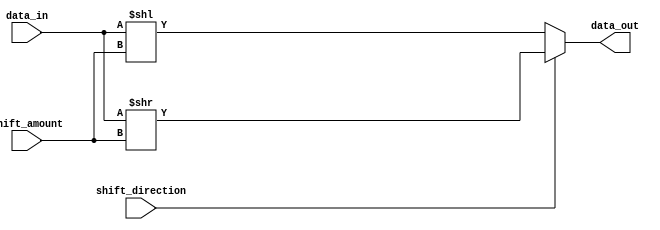
module barrel_shifter (
    input [7:0] data_in,
    input [2:0] shift_amount,
    input shift_direction, // 0 for left shift, 1 for right shift
    output reg [7:0] data_out
);

always @(*) begin
    if (shift_direction == 0) begin // Left shift
        data_out = data_in << shift_amount;
    end else begin // Right shift
        data_out = data_in >> shift_amount;
    end
end

endmodule